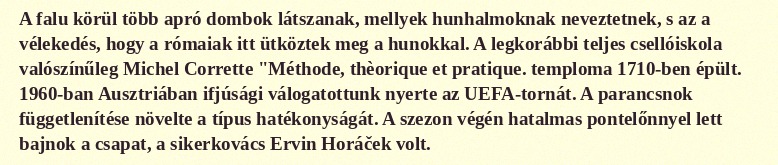
A falu körül több apró dombok látszanak, mellyek hunhalmoknak neveztetnek, s az a vélekedés, hogy a rómaiak itt ütköztek meg a hunokkal. A legkorábbi teljes csellóiskola valószínűleg Michel Corrette "Méthode, thèorique et pratique. temploma 1710-ben épült. 1960-ban Ausztriában ifjúsági válogatottunk nyerte az UEFA-tornát. A parancsnok függetlenítése növelte a típus hatékonyságát. A szezon végén hatalmas pontelőnnyel lett bajnok a csapat, a sikerkovács Ervin Horáček volt.